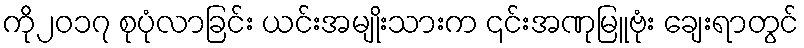
ကို၂၀၁၇ စုပုံလာခြင်း ယင်းအမျိုးသားက ၎င်းအဏုမြူဗုံး ချေးရာတွင်